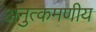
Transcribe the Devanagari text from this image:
अनुत्कमणीय